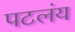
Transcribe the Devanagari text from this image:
पटलंय